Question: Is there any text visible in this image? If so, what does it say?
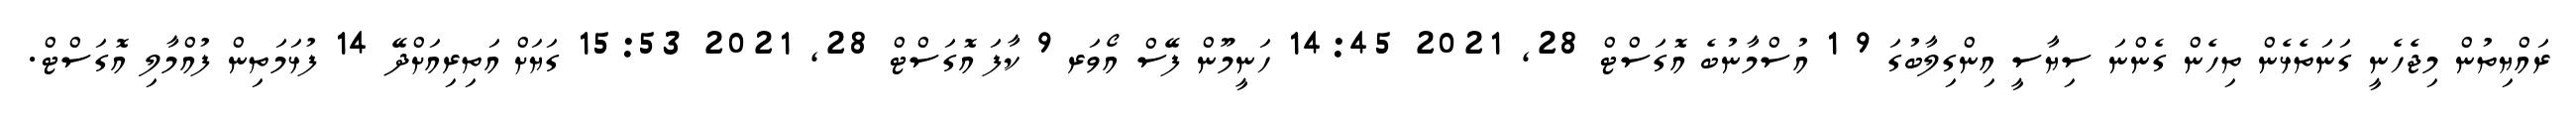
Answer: ރައްޔިތުން މިޖެހެނީ ގަނަތެޅެން ތިހެން ގެންނަ ސިޔާސީ އިންގިލާބުގަ 9 1 އުސްމާނުބެ އޮގަސްޓް 28, 2021 14:45 ހަނީމޫން ފޭސް އޯވަރ 9 ކާފަ އޮގަސްޓް 28, 2021 15:53 ގަޔަށް އަތިރިއަށްދޭ 14 ފުޅަމަތިން ފުއްމާލި އޮގަސްޓް.